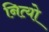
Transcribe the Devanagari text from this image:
नित्यो